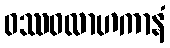
ဝဿဝလာဟကာနံ